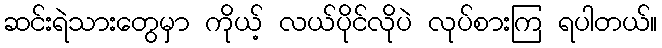
ဆင်းရဲသားတွေမှာ ကိုယ့် လယ်ပိုင်လိုပဲ လုပ်စားကြ ရပါတယ်။